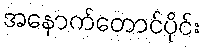
အနောက်တောင်ပိုင်း